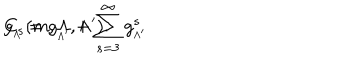
LaTeX: g _ { _ { \Lambda } } = g _ { _ { \Lambda ^ { \prime } } } + \sum _ { s = 3 } ^ { \infty } g _ { _ { \Lambda ^ { \prime } } } ^ { s } \hspace { . 2 c m } \hspace { - . 1 2 c m } C _ { s } ( m , \Lambda , \Lambda ^ { \prime } ) .